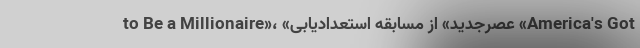
to Be a Millionaire»، «عصرجدید» از مسابقه استعدادیابی «America's Got